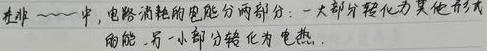
在非纯电阻电路中，电路消耗的电能分两部分：一大部分转化为其他形式的能，另一小部分转化为电热。